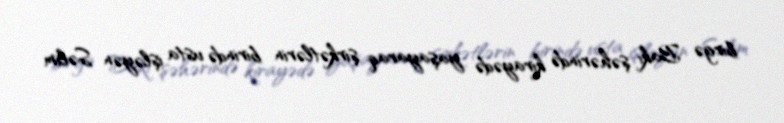
birgə Bakı şəhərində kirayədə yaşayaraq şirkətlərin birində usta işləyən Səlim